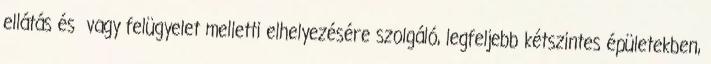
ellátás és vagy felügyelet melletti elhelyezésére szolgáló, legfeljebb kétszintes épületekben,